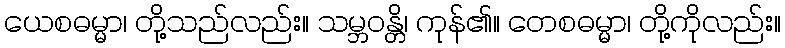
ယေစဓမ္မာ၊ တို့သည်လည်း။ သမ္ဘဝန္တိ၊ ကုန်၏။ တေစဓမ္မာ၊ တို့ကိုလည်း။